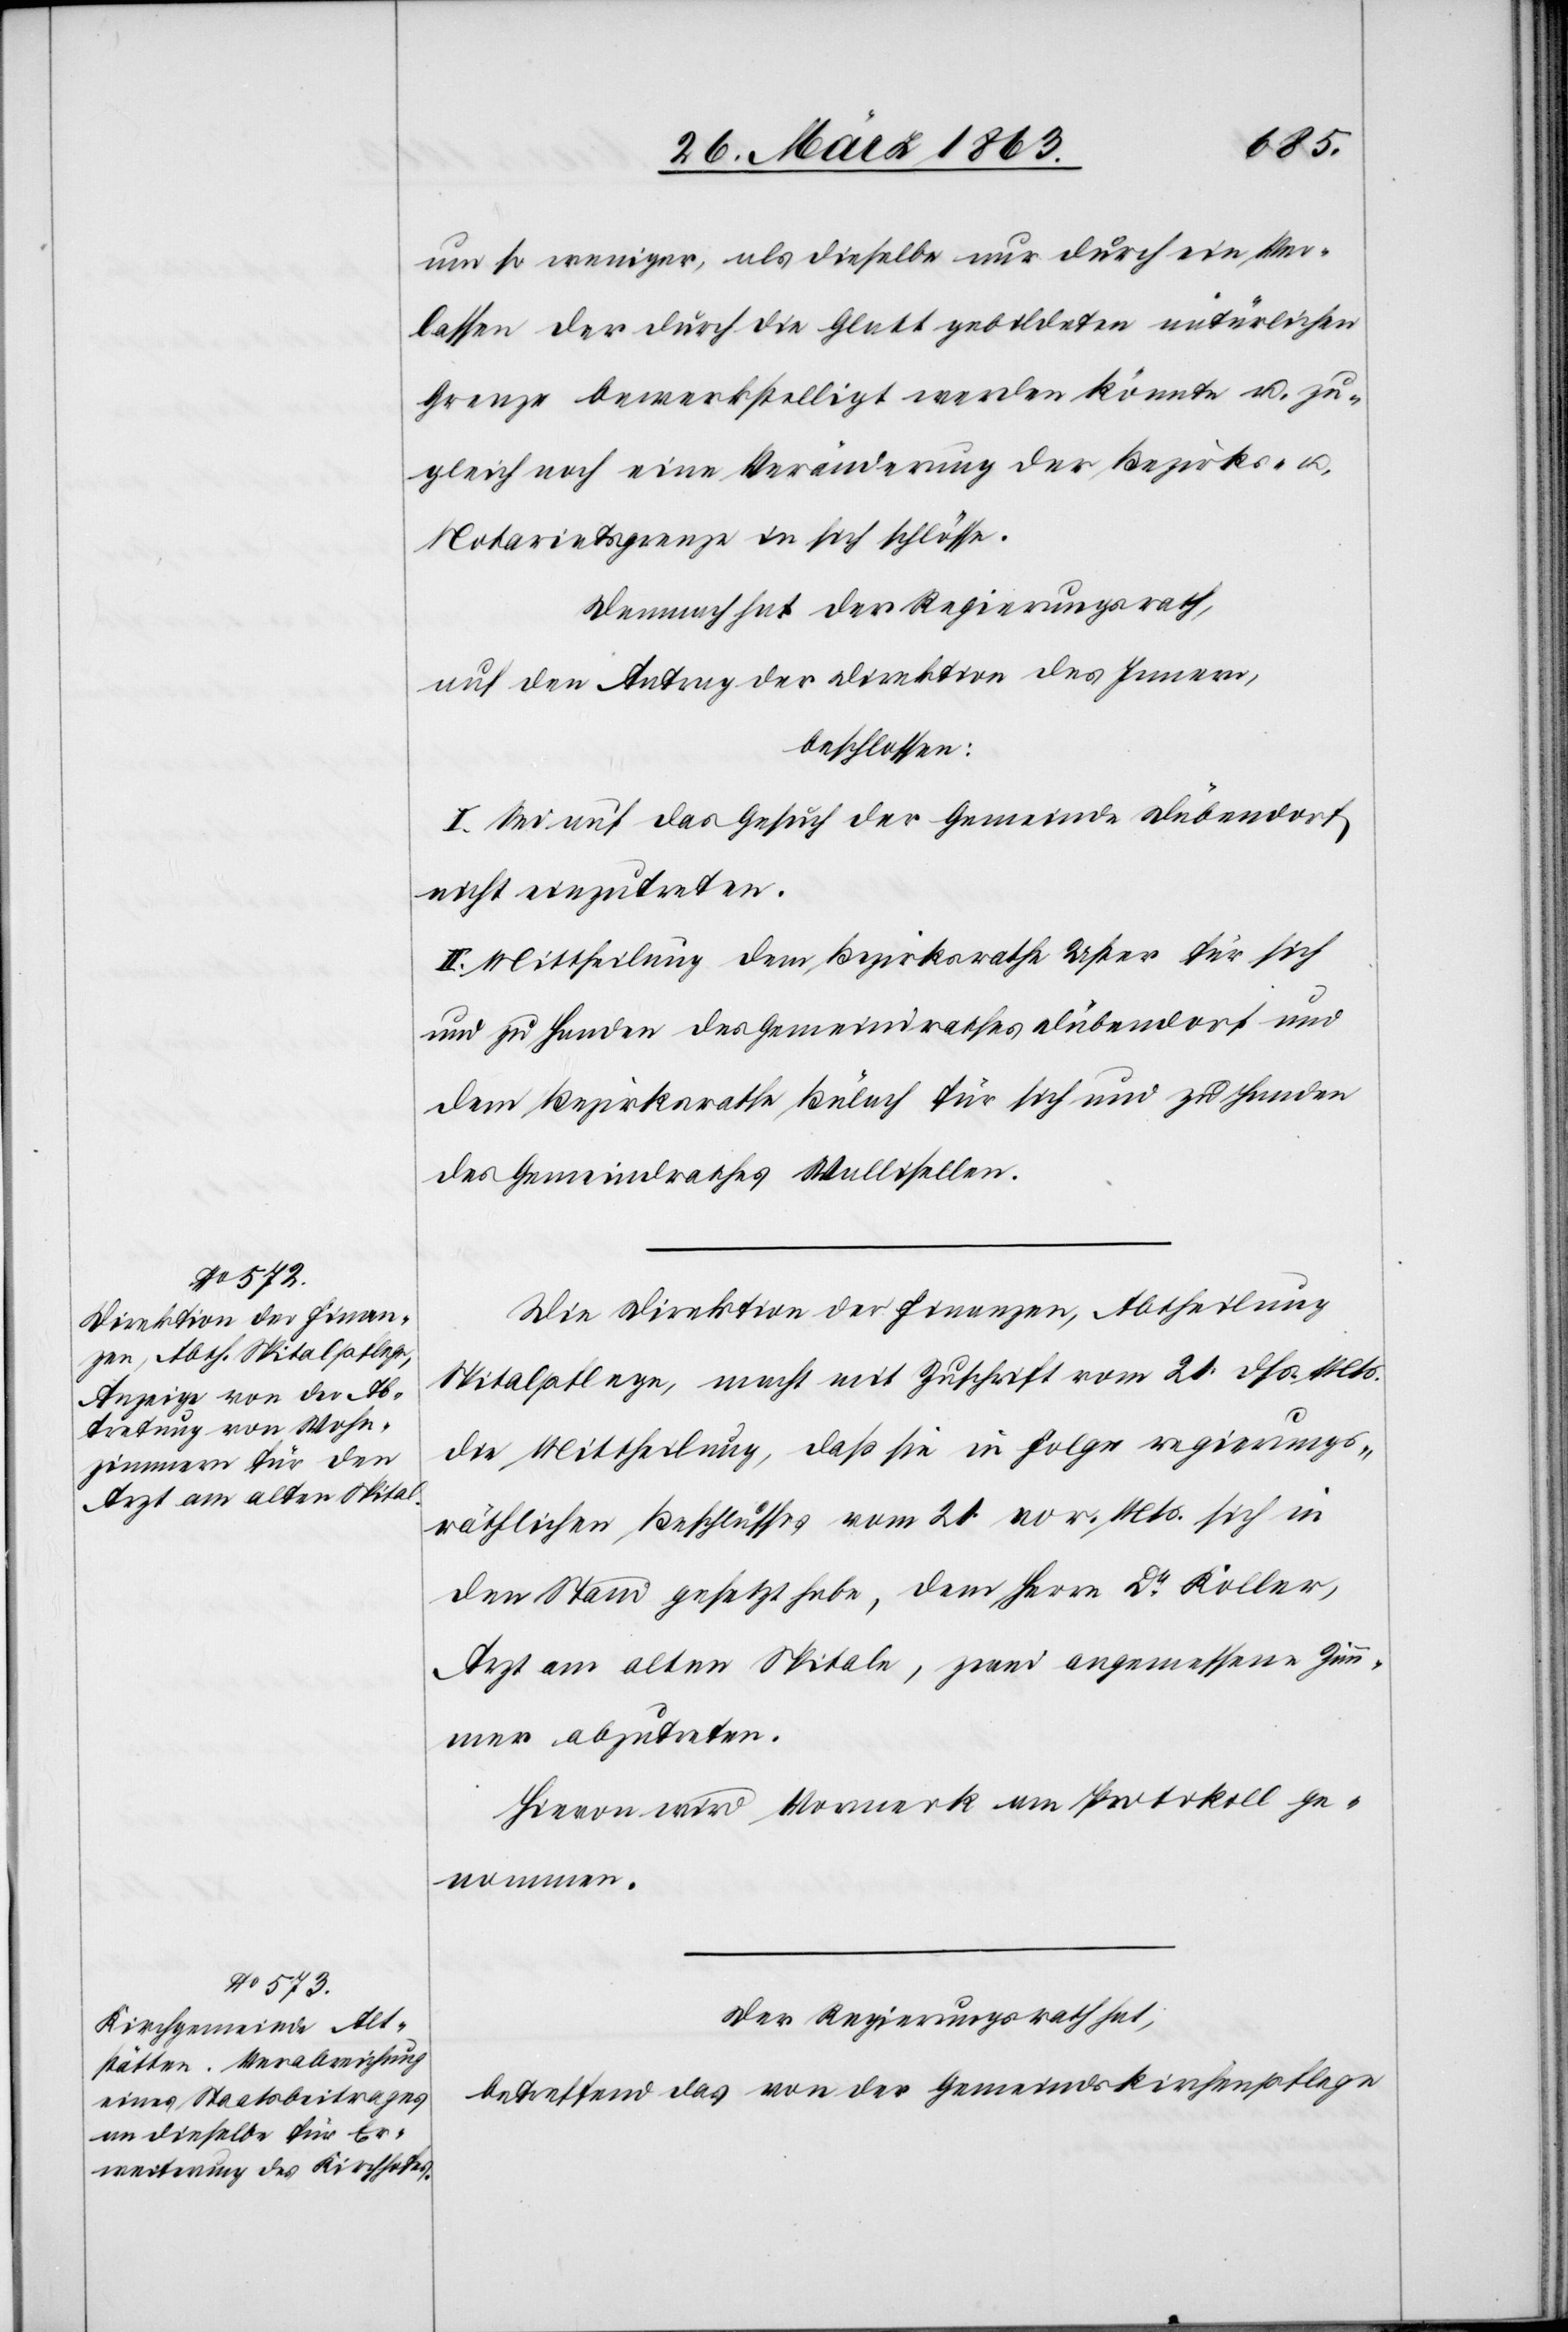
um so weniger, als dieselbe nur durch ein Ver¬
lassen der durch die Glatt gebildeten natürlichen
Grenze bewerkstellig werden könnte u. zu¬
gleich noch eine Veränderung der Bezirks- u.
Notariatsgrenze in sich schlösse.
Demnach hat der Regierungsrath,
auf den Antrag der Direktion des Innern,
beschlossen:
I. Sei auf das Gesuch der Gemeinde Dübendorf
nicht einzutreten.
II. Mittheilung dem Bezirksrathe Uster für sich
und zu Handen des Gemeindrathes Dübendorf und
dem Bezirksrathe Bülach für sich und zu Handen
des Gemeindrathes Wallisellen.
Die Direktion der Finanzen, Abtheilung
Spitalpflege, macht mit Zuschrift vom 21. dß. Mts.
die Mittheilung, daß sie in Folge regierungs¬
räthlichen Beschlusses vom 21. vor. Mts. sich in
den Stand gesetzt habe, dem Herrn Dr Koller,
Arzt am alten Spitale, zwei angemessene Zim¬
mer abzutreten.
Hievon wird Vormerk am Protokoll ge¬
nommen.
Der Regierungsrath hat,
betreffend das von der Gemeindskirchenpflege